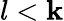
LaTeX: l<\mathbf{k}